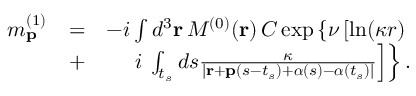
\begin{array} { r l r } { m _ { \mathbf { p } } ^ { ( 1 ) } } & { = } & { - i \int d ^ { 3 } \mathbf { r } \, { \cal M } ^ { ( 0 ) } ( \mathbf { r } ) \, { \cal C } \exp \left\{ \nu \left[ \ln ( \kappa r ) \right. \right. } \\ & { + } & { i \left. \left. \int _ { t _ { s } } d s \frac { \kappa } { | \mathbf { r } + \mathbf { p } ( s - t _ { s } ) + \boldsymbol { \alpha } ( s ) - \boldsymbol { \alpha } ( t _ { s } ) | } \right] \right\} . } \end{array}